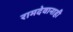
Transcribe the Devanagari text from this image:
रामदेवानाही